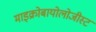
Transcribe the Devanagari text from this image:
माइक्रोबायोलोजीस्ट